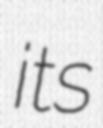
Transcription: its